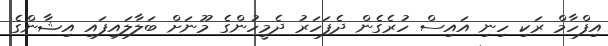
އިފްހާމް ރަކި ހިނި އައިސް ހުރެގެން ދެފަހަރު ދެމީހުންގެ މޫނަށް ބަލާލައިފައި އިޝާންގެ